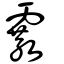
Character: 霰